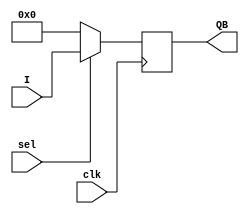

module PIPO1(I,sel,clk,QB);
input  [31:0]I;
input sel,clk;
output reg [31:0]QB;

wire [31:0]y;
assign y= (sel)?I:32'b0; 
always @(posedge clk) 
QB<=y;
endmodule